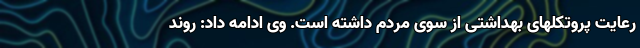
رعایت پروتکلهای بهداشتی از سوی مردم داشته است. وی ادامه داد: روند